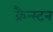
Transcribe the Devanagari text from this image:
क्रैन्स्टन